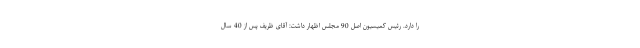
را دارد. رئیس کمیسیون اصل 90 مجلس اظهار داشت: آقای ظریف پس از 40 سال